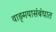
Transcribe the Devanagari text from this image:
वाङ्‌मयासंबंधात